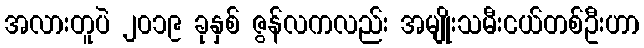
အလားတူပဲ ၂၀၁၉ ခုနှစ် ဇွန်လကလည်း အမျိုးသမီးငယ်တစ်ဦးဟာ